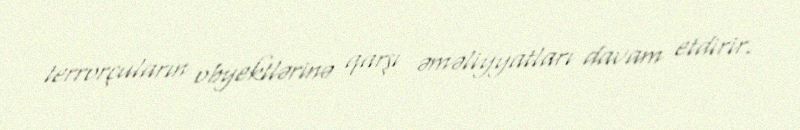
terrorçuların obyektlərinə qarşı əməliyyatları davam etdirir.